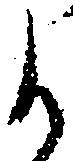
候